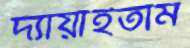
দ্যায়াইতাম